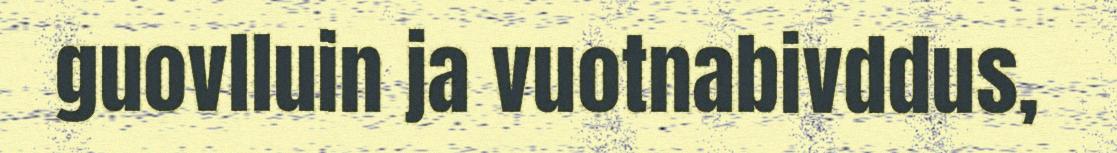
guovlluin ja vuotnabivddus,